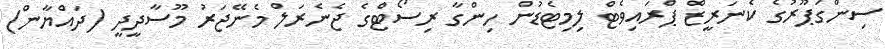
ސިންގަޕޫރުގެ ކެނަރީޒް ޕްރައިވެޓް ލިމިޓެޑުން ހިންގާ ރިސޯޓްގެ ޖެނެރަލް މެނޭޖަރު މޫސާދީދީ (ދައްޔާން)